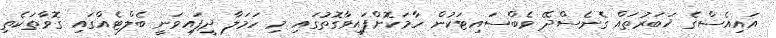
އައިއެސްގެ ޚަބަރުތައް ގެނެސްދޭ ވެބްސައިޓަކުން ހާމަކޮށްފައިވާގޮތުގައި މި ހަމަލާ ދީފައިވަނީ ބެލްޓެއްގައި ގޮވާތަކެތި